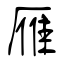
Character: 雁